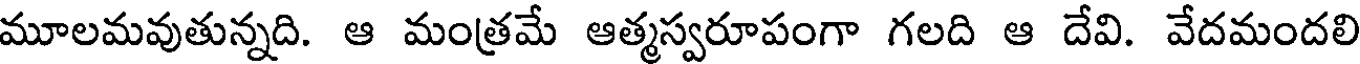
మూలమవుతున్నది. ఆ మంత్రమే ఆత్మస్వరూపంగా గలది ఆ దేవి. వేదమందలి